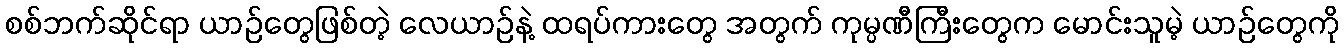
စစ်ဘက်ဆိုင်ရာ ယာဉ်တွေဖြစ်တဲ့ လေယာဉ်နဲ့ ထရပ်ကားတွေ အတွက် ကုမ္ပဏီကြီးတွေက မောင်းသူမဲ့ ယာဉ်တွေကို